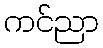
ကင်ညာ